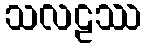
သလဠဿ